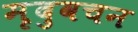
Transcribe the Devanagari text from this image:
मृदुवचन